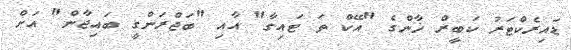
ޑައިރެކްޓަރު ކަބީރް ޚާންގެ "އޭކް ތަ ޓައިގާ" އާއި "ބަޖްރަންގީ ބައިޖާން" އަށް